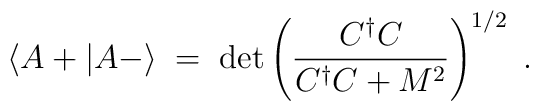
\langle A + | A - \rangle \;=\; \det \left( \frac{C^\dagger C}{C^\dagger C +M^2}\right)^{1/2} \;.